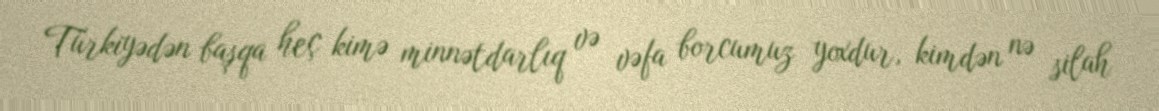
Türkiyədən başqa heç kimə minnətdarlıq və vəfa borcumuz yoxdur, kimdən nə silah